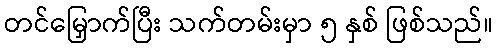
တင်မြှောက်ပြီး သက်တမ်းမှာ ၅ နှစ် ဖြစ်သည်။